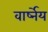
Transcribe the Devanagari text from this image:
वार्ष्नेय